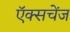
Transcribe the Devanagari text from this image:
ऍक्सचेंज